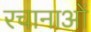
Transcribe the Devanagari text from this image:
रचानाओं